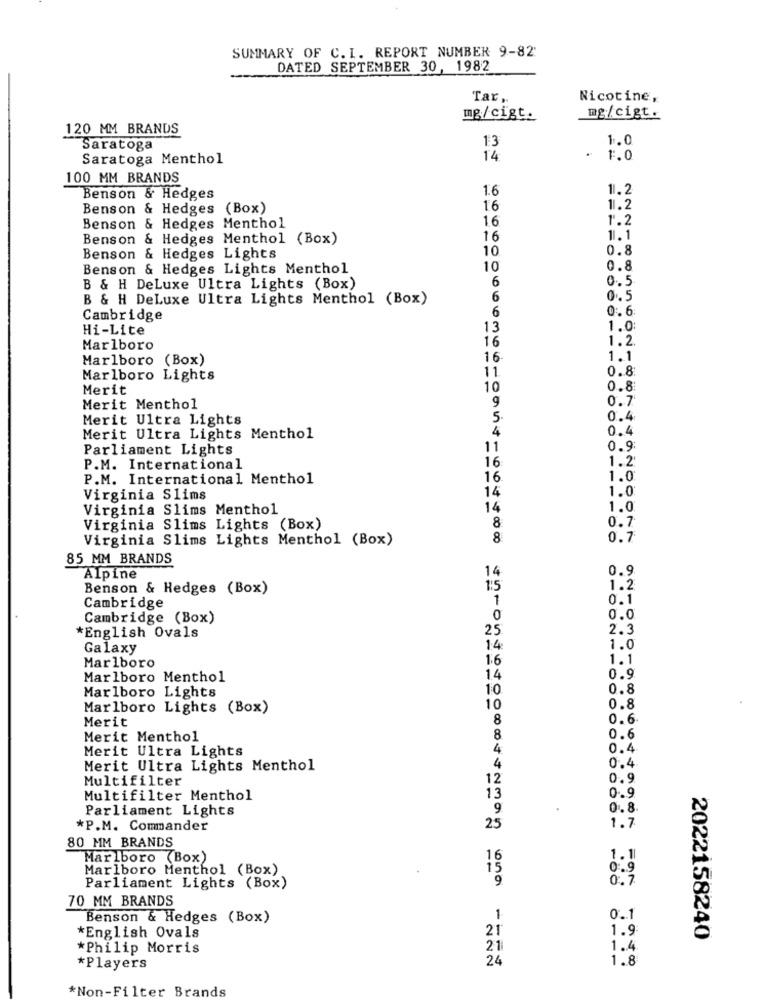
SUMMARY OF C. I. REPORT NUMBER 9-82
DATED SEPTEMBER 30, 1982
Tar,
Nicotine,
mg/cigt.
mg/cigt.
120 MM BRANDS
13
1.0
Saratoga
Saratoga Menthol
14
1.0
100 MM BRANDS
1.6
11.2
Benson & Hedges
Benson & Hedges (Box)
16
11.2
16
1.2
Benson & Hedges Menthol
Benson & Hedges Menthol (Box)
16
1.1
10
0.8
Benson & Hedges Lights
Benson & Hedges Lights Menthol
10
0.8
6
0.5
B & H DeLuxe Ultra Lights (Box)
B & H DeLuxe Ultra Lights Menthol (Box)
6
0.5
6
0. 6
Cambridge
Hi-Lite
13
1.0:
16
1.2.
Marlboro
Marlboro (Box)
16
1.1
11
0.8
Marlboro Lights
Merit
10
0.8:
9
0.7
Merit Menthol
Merit Ultra Lights
5.
0.4
4
0.4
Merit Ultra Lights Menthol
Parliament Lights
11
0.9:
16:
1.2
P.M. International
P.M. International Menthol
16
1.0
14
1.0
Virginia Slims
Virginia Slims Menthol
14
1.0
0.7
Virginia Slims Lights (Box)
8
Virginia Slims Lights Menthol (Box)
8
0.7
85 MM BRANDS
14
0.9
Alpine
Benson & Hedges (Box)
1:5
1.2
0.1
Cambridge
1
Cambridge (Box)
0
0.0
25
2.3
*English Ovals
Galaxy
14:
1.0
Marlboro
16
1.1
Marlboro Menthol
14
0.9
Marlboro Lights
10
0.8
Marlboro Lights (Box)
10
0.8
8
0.6
Merit
Merit Menthol
8
0.6
Merit Ultra Lights
0.4
Merit Ultra Lights Menthol
4
0.4
Multifilter
12
0.9
Multifilter Menthol
13
0.9
Parliament Lights
9.
0.8.
*P.M. Commander
25
1.7
80 MM BRANDS
Marlboro (Box)
16
1.1
Marlboro Menthol (Box)
0.9
9
0. 7
Parliament Lights (Box)
70 MM BRANDS
Benson & Hedges (Box)
1
0.1
21
1.9
*English Ovals
2022158240
*Philip Morris
21
1.4
24
1.8
*Players
*Non-Filter Brands